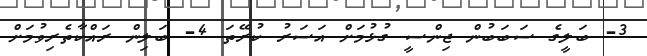
3- ބަލީގެ ސަބަބުން ޖިންސީ ގުޅުމަށް އަސަރު ކުރޭތަ 4- ބަލިން ރައްކާތެރިވުމަށް